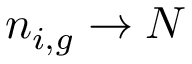
n _ { i , g } \to N